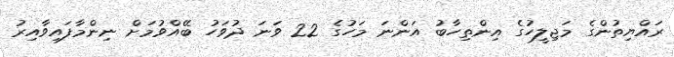
ރައްޔިތުންގެ މަޖިލީހުގެ އިންތިހާބު އަންނަ މަހުގެ 22 ވަނަ ދުވަހު ބޭއްވުމަށް ނިންމާފައިވާއިރު